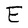
Character: E